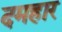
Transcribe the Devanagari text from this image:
दमहार